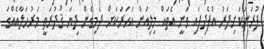
ފުރަނަކަށިދަރު އުފެދިފައި ވަނީ އެތައް މިލިއަން އަހަރަކަށް ދެމިގެން ދިޔަ ޤުދުރަތީ މަރުހަލާއެއްގަ